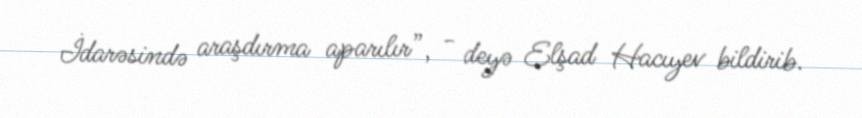
İdarəsində araşdırma aparılır”, - deyə Elşad Hacıyev bildirib.